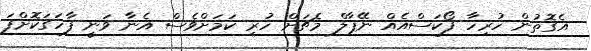
އެގޮތުން ހުރިހާ ފޯކަސްއެއް ނޭޕާލް މެޗަށް ހުރި ކަމަށްވެސް އެނާ ވަނީ ފާހަގަކޮށްފަ